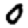
Digit: 0